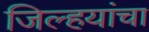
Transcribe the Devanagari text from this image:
जिल्हयांचा